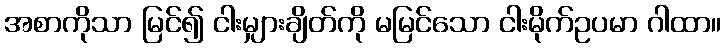
အစာကိုသာ မြင်၍ ငါးမျှားချိတ်ကို မမြင်သော ငါးမိုက်ဥပမာ ဂါထာ။